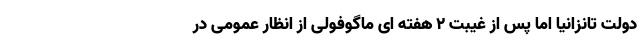
دولت تانزانیا اما پس از غیبت 2 هفته ای ماگوفولی از انظار عمومی در